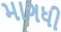
માગધી